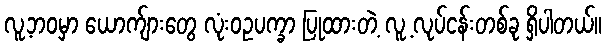
လူ့ဘဝမှာ ယောက်ျားတွေ လုံးဝဥပက္ခာ ပြုထားတဲ့ လူ့ လုပ်ငန်းတစ်ခု ရှိပါတယ်။